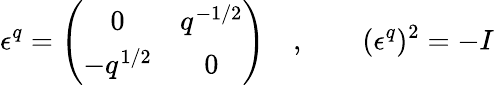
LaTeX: \epsilon^{q}=\left(\begin{array}{cc}{{0}}&{{q^{-1/2}}}\\ {{-q^{1/2}}}&{{0}}\end{array}\right)\quad,\qquad(\epsilon^{q})^{2}=-I